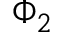
\Phi _ { 2 }